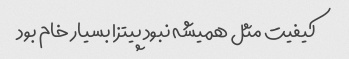
کیفیت مثل همیشه نبود پیتزا بسیار خام بود